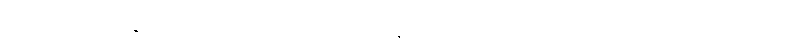
ပါဝင်လုပ်ကိုင်နေသည့် ဝှက်ထားသောအချိန်များ ရှိခဲ့ပြီးဖြစ်သော လူသုံးယောက်တို့သည်